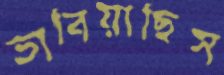
ভাবিয়াছিস